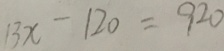
1 3 x - 1 2 0 = 9 2 0